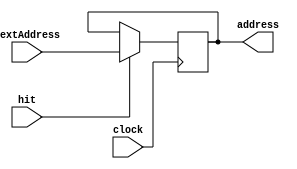
`timescale 1ns / 1ps

 module PC(address, nextAddress, clock, hit);
 
	input [31:0] nextAddress;
	input clock;
	input hit;
	
	output reg[31:0] address;
	
	initial begin
		address = 32'b0;
	end
	
	always @(negedge clock) 
		  begin
				if(hit == 1)
					address = nextAddress;
				
		 end

endmodule